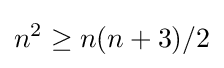
n^{2}\geq n(n+3)/2